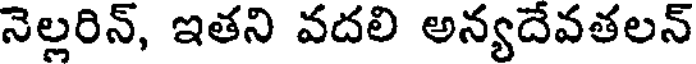
నెల్లరిన్, ఇతని వదలి అన్యదేవతలన్